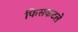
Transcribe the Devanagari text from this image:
फिसकटले